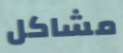
مشاكل